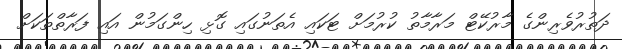
ދަތުރުވެރިންގެ މާރުކޭޓް މަރާމާތު ކުރުމަށް ޓަކައި އެތަނުގައި ގޮޅި ހިންގަމުން އައި ފަރާތްތަކަށް